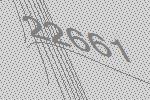
22661